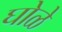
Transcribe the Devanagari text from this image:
घोळे